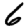
Digit: 6